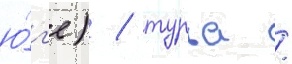
ю́г'е) / турья /